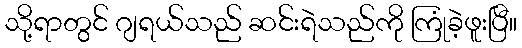
သို့ရာတွင် ဂျရယ်သည် ဆင်းရဲသည်ကို ကြုံခဲ့ဖူးပြီ။